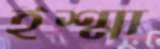
ইশ্মা